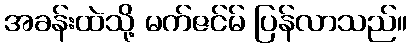
အခန်းထဲသို့ မက်ဇင်မ် ပြန်လာသည်။